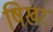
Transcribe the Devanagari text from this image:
षिखर